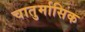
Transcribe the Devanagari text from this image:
चातुर्मासिक